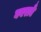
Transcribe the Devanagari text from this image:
घबराएँ